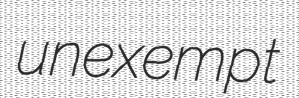
unexempt